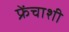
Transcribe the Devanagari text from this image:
फ्रेंचाशी